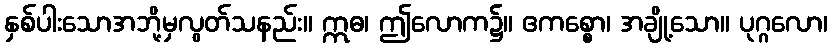
နှစ်ပါးသောအဘို့မှလွတ်သနည်း။ ဣဓ၊ ဤလောက၌။ ဧကစ္စော၊ အချို့သော။ ပုဂ္ဂလော၊